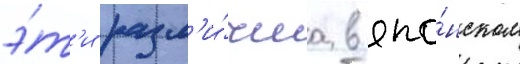
э́т'и разл'и́чиа в япо́нском